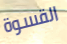
القسوة